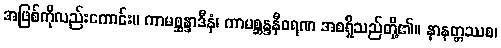
အဖြစ်ကိုလည်းကောင်း။ ကာမစ္ဆန္ဒာဒီနံ၊ ကာမစ္ဆန္ဒနီဝရဏ အစရှိသည်တို့၏။ နာနတ္တဿစ၊